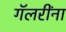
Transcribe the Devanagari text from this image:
गॅलरींना